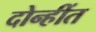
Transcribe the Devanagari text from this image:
दोन्हींत